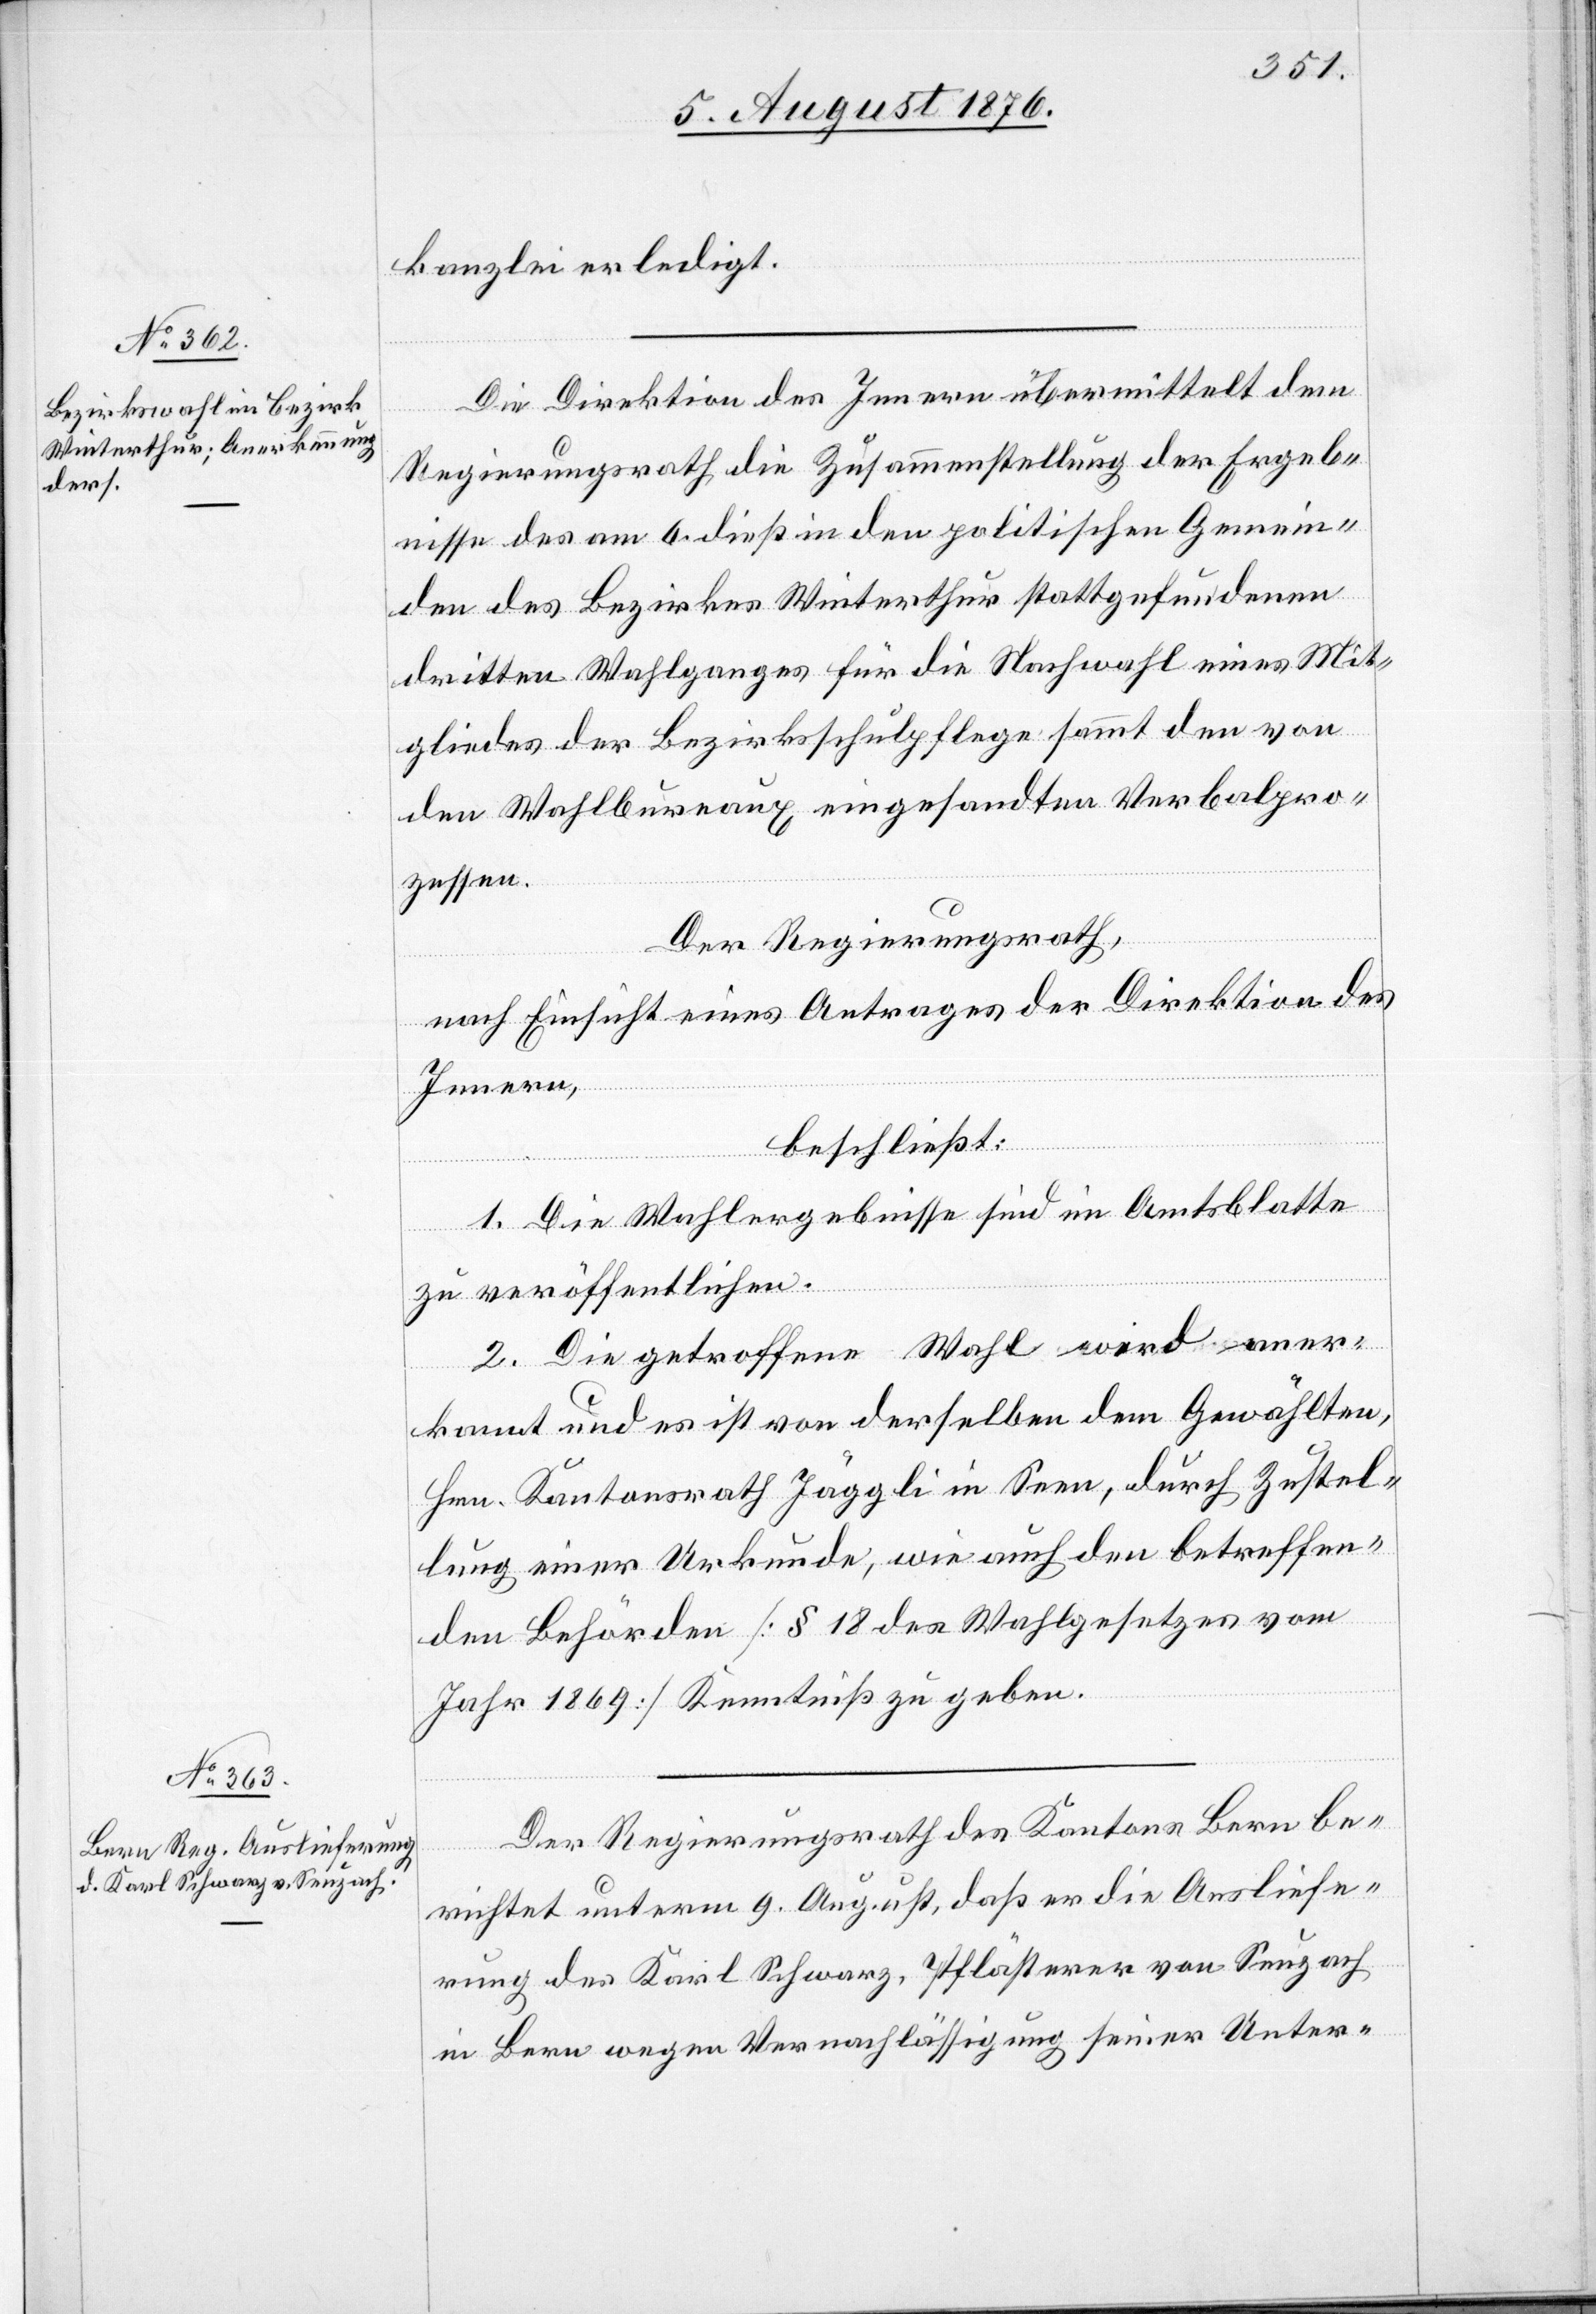
10. August 1876.]
kanzlei erledigt.
Die Direktion des Innern übermittelt dem
Regierungsrath die Zusammenstellung der Ergeb¬
nisse des am 6. dieß in den politischen Gemein¬
den des Bezirkes Winterthur stattgefundenen
dritten Wahlganges für die Nachwahl eines Mit¬
gliedes der Bezirksschulpflege sammt den von
den Wahlbureaux eingesandten Verbalpro¬
zessen.
Der Regierungsrath,
nach Einsicht eines Antrages der Direktion des
Innern,
beschließt:
1. Die Wahlergebnisse sind im Amtsblatte
zu veröffentlichen.
2. Die getroffene Wahl wird aner¬
kannt und es ist von derselben dem Gewählten,
Hrn. Kantonsrath Jäggli in Seen, durch Zustel¬
lung einer Urkunde, wie auch den betreffen¬
den Behörden [§ 18 des Wahlgesetzes vom
Jahr 1869] Kenntniß zu geben.
Der Regierungsrath des Kantons Bern be¬
richtet unterm 9. August, daß er die Ausliefe¬
rung des Karl Schwarz, Pflästerer von Seuzach
in Bern wegen Vernachlässigung seiner Unter-